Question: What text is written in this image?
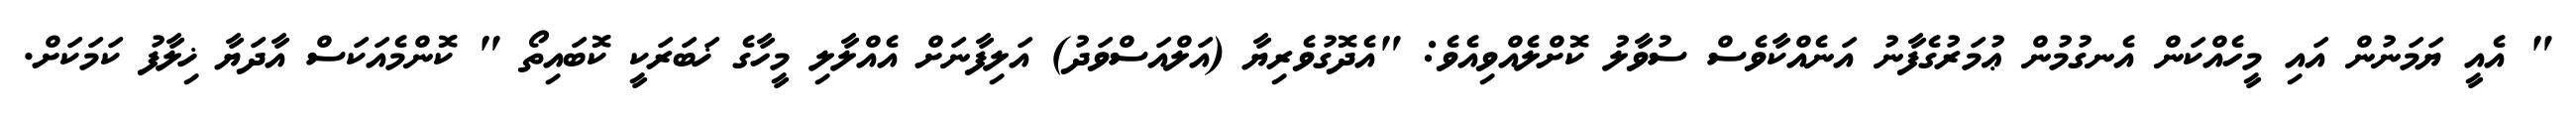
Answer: " އެއީ ޔަމަނުން އައި މީހެއްކަން އެނގުމުން ޢުމަރުގެފާނު އަނެއްކާވެސް ސުވާލު ކޮށްލެއްވިއެވެ: "އެދޮގުވެރިޔާ (އަލްއަސްވަދު) އަލިފާނަށް އެއްލާލި މީހާގެ ޚަބަރަކީ ކޮބައިތޯ " ކޮންމެއަކަސް އާދަޔާ ޚިލާފު ކަމަކަށް.